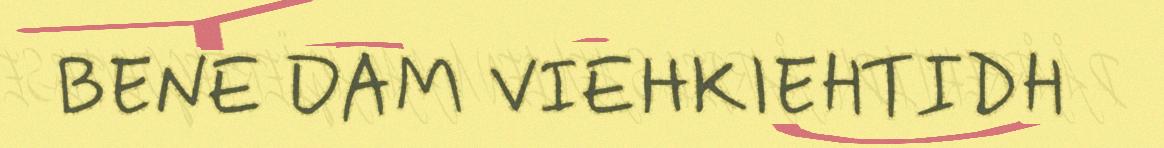
BENE DAM VIEHKIEHTIDH